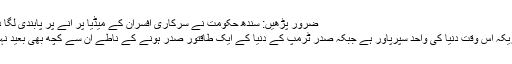
ضرور پڑھیں: سندھ حکومت نے سرکاری افسران کے میڈیا پر آنے پر پابندی لگا دی
امریکہ اس وقت دنیا کی واحد سپرپاور ہے جبکہ صدر ٹرمپ کے دنیا کے ایک طاقتور صدر ہونے کے ناطے ان سے کچھ بھی بعید نہیں۔